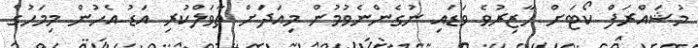
މުޝައްރަފް ކޯޓަށް ހާޒިރުވެ ވަޑައި ނުގެންނެވުމުން މިއަދަށް ތާވަލްކުރި އަޑު އެހުން މިމަހުގެ